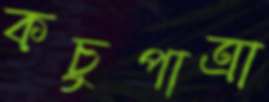
কচুপাত্রা